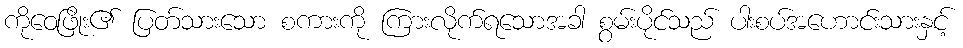
ကိုဝေဖြိုး၏ ပြတ်သားသော စကားကို ကြားလိုက်ရသောအခါ စွမ်းပိုင်သည် ပါးစပ်အဟောင်းသားနှင့်